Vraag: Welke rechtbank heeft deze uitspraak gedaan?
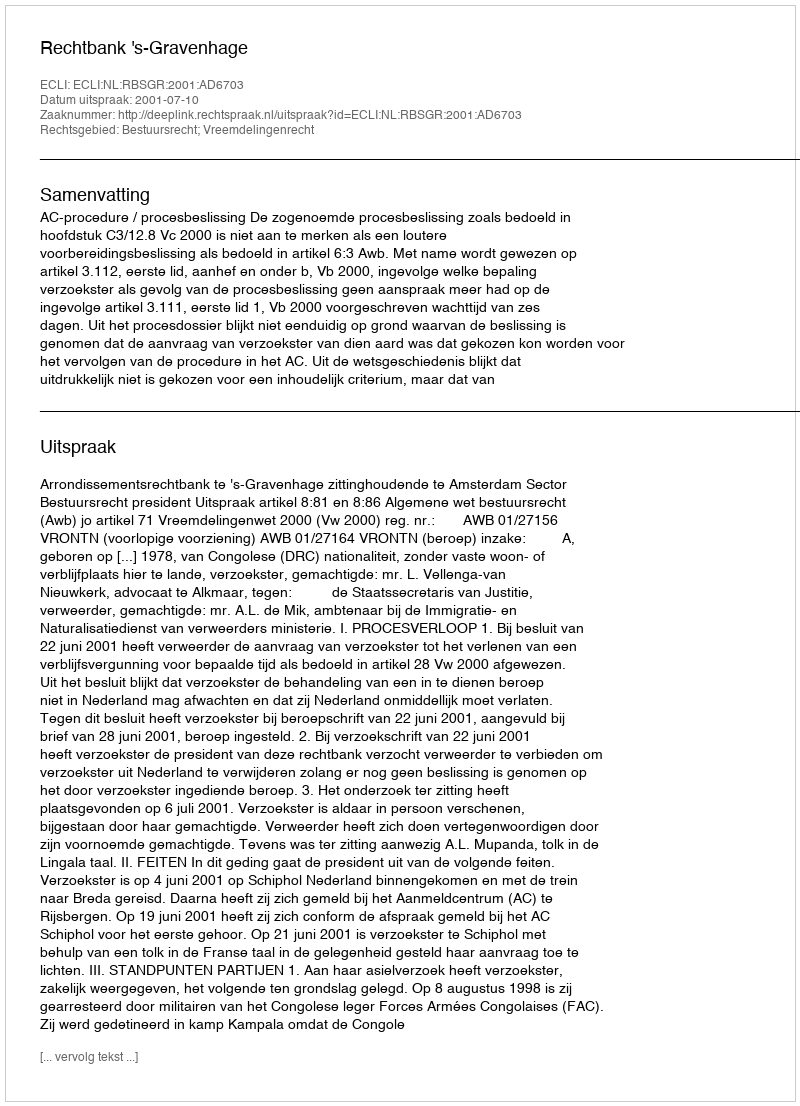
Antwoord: Rechtbank 's-Gravenhage